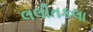
લલીતકલા